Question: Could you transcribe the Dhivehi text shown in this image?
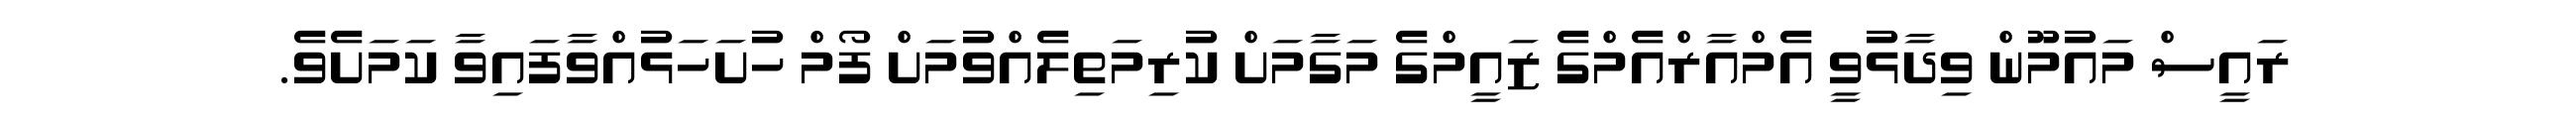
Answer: ރައީސް މައުމޫން ވިދާޅުވީ އެމްއާރްއެމްގެ ޒައީމްގެ މަގާމަށް ކުރިމަތިލެއްވުމަށް ފޯމް ހުށަހަޅުއްވާފައިވާ ކަމަށެވެ.